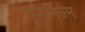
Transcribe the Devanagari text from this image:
यूफेमिज्म